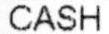
CASH